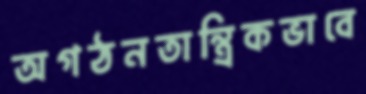
অগঠনতান্ত্রিকভাবে